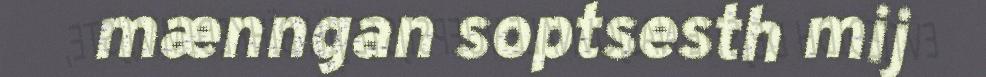
mænngan soptsesth mij